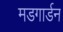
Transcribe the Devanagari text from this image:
मडगार्डन